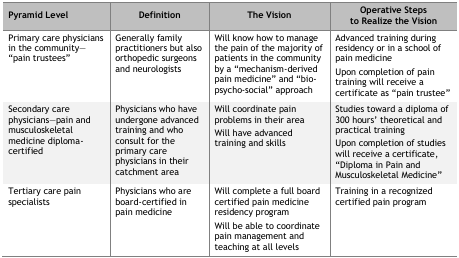
<table><thead><tr><td><b>Pyramid Level</b></td><td><b>Definition</b></td><td><b>The Vision</b></td><td><b>Operative Steps to Realize the Vision</b></td></tr></thead><tbody><tr><td>Primary care physicians in the community—“pain trustees”</td><td>Generally family practitioners but also orthopedic surgeons and neurologists</td><td>Will know how to manage the pain of the majority of patients in the community by a “mechanism-derived pain medicine” and “bio-psycho-social” approach</td><td>Advanced training during residency or in a school of pain medicine Upon completion of pain training will receive a certificate as “pain trustee”</td></tr><tr><td>Secondary care physicians—pain and musculoskeletal medicine diploma-certified</td><td>Physicians who have undergone advanced training and who consult for the primary care physicians in their catchment area</td><td>Will coordinate pain problems in their area Will have advanced training and skills</td><td>Studies toward a diploma of 300 hours’ theoretical and practical training Upon completion of studies will receive a certificate, “Diploma in Pain and Musculoskeletal Medicine”</td></tr><tr><td>Tertiary care pain specialists</td><td>Physicians who are board-certified in pain medicine</td><td>Will complete a full board certified pain medicine residency program Will be able to coordinate pain management and teaching at all levels</td><td>Training in a recognized certified pain program</td></tr></tbody></table>